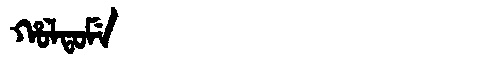
Manchu: ᡥᠣᠯᡨᠣᠮᡝ
Romanization: HOLTOME